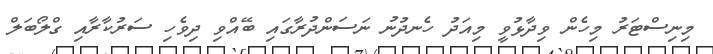
މިނިސްޓަރު މިހެން ވިދާޅުވީ މިއަދު ހެނދުނު ނަސަންދުރާގައި ބޭއްވި ދިވެހި ސަރުކާރާއި ގްލޯބަލް